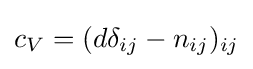
c_{V}=(d\delta _{ij}-n_{ij})_{ij}